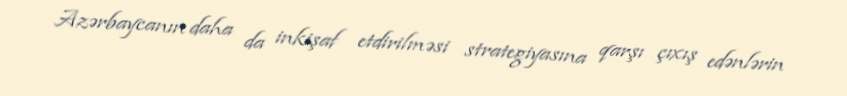
Azərbaycanın daha da inkişaf etdirilməsi strategiyasına qarşı çıxış edənlərin